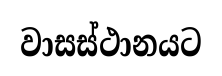
වාසස්ථානයට